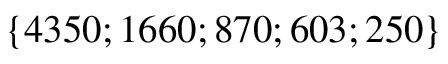
\{ 4 3 5 0 ; 1 6 6 0 ; 8 7 0 ; 6 0 3 ; 2 5 0 \}